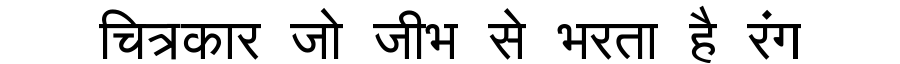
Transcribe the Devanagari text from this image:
चित्रकार जो जीभ से भरता है रंग